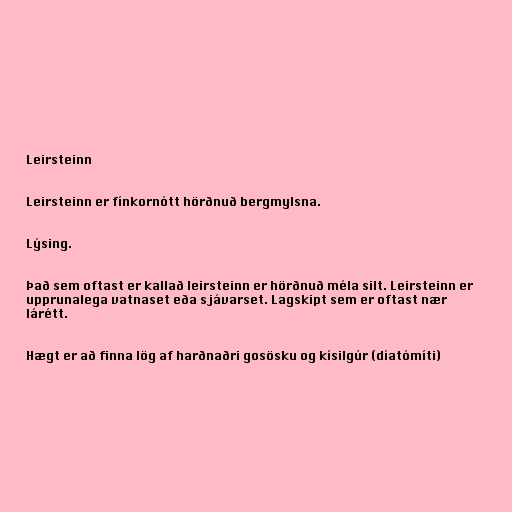
Leirsteinn

Leirsteinn er fínkornótt hörðnuð bergmylsna.

Lýsing.

Það sem oftast er kallað leirsteinn er hörðnuð méla silt. Leirsteinn er
upprunalega vatnaset eða sjávarset. Lagskipt sem er oftast nær
lárétt.

Hægt er að finna lög af harðnaðri gosösku og kísilgúr (díatómíti)